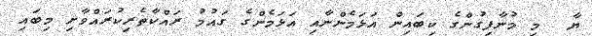
ޔާ  މި މުނާފިގުންގެ ކިބައިން އަޅަމެންނާއި އަޅަމެންގެ ގައުމު ރައްކާތެރިކުރައްވާށި މިބައި